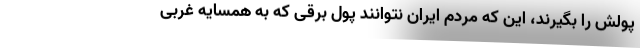
پولش را بگیرند، این که مردم ایران نتوانند پول برقی که به همسایه غربی